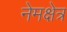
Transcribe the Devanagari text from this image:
नेमक्षेत्र